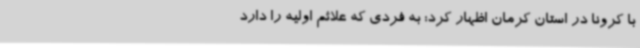
با کرونا در استان کرمان اظهار کرد: به فردی که علائم اولیه را دارد